system: You are a helpful assistant.
user:
Analyze the provided spectrum to determine if it is a **M-type Giant (gM)**.

A M-type Giant spectrum is defined by its **strong molecular absorption** features, particularly from **Titanium Oxide (TiO)**. You must check for one of the following mutually exclusive signatures:

- **Key Visual Indicators (Absorption-Dominated Spectrum):**

    - **(Primary):** The spectrum is dominated by strong molecular absorption from **Titanium Oxide (TiO)**. This is the **defining feature** of its M-type temperature class.
        - **(Key Bandheads):** Look for sharp, "saw-tooth" absorption valleys. The strongest are located near **~7050 Å**, **~6160 Å**, and **~5170 Å**.
        - **(Line Profile):** The "saw-tooth" morphology is critical: a **sharp, steep drop on the BLUE (short-wavelength) side** of the bandhead, followed by a gradual recovery (rising flux) towards the RED (long-wavelength) side.

    - **(Key Confirmation - Giant vs. Dwarf):** **ABSENCE** of strong **Calcium Hydride (CaH)** molecular bands. This is the primary diagnostic for *excluding* M-dwarfs.
        - **(Key Region):** The spectrum should lack the strong, broad absorption band seen in dwarfs between **~6800 Å and ~7000 Å**.

    - **(Secondary Confirmation - Giant):** A very strong and broad **Neutral Calcium (Ca I)** atomic absorption line.
        - **(Key Line):** Located at **~4226 Å**. In a giant (gM), this line is significantly deeper and broader than the same line in an M-dwarf (dM) due to low surface gravity.

    - **(Overall Spectrum):**
        - The continuum is **extremely red-sloping** (i.e., flux is very low in the blue and rises dramatically towards the red).
        - The entire spectrum appears "chopped up" by the deep TiO bands.

Think first, call **spectral_visualization_tool** if needed to examine features in detail, then provide your final answer. Your response must adhere to the following strict rules:
1.  **Overall Structure:** Your response must follow the format `<think>...</think> <tool_call>...</tool_call> (if a tool is used) <answer>...</answer>`.
2.  **Tool Usage Constraint:** You may only make **one** tool call per turn.
3.  **Final Answer Format:** In the `<answer>` tag, your conclusion must be inside a `\boxed{}` command (e.g., `\boxed{YES}` or `\boxed{NO}`), followed by your justification.

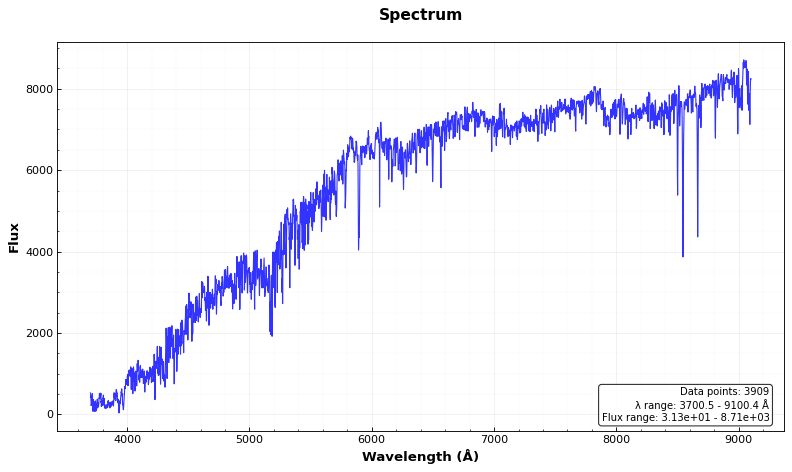
Answer: NO